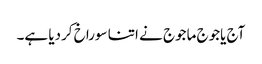
آج یاجوج ماجوج نے اتنا سوراخ کردیا ہے۔